Report of the Indian Hemp Drugs Commission, 1894-1895 - Volume VII
Year: 1894
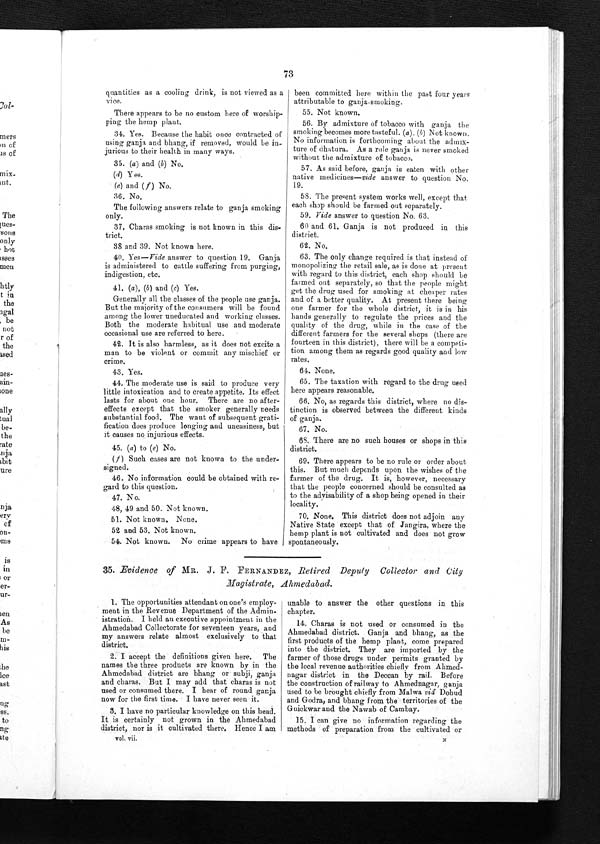
73
quantities as a cooling drink, is not viewed as a
vice.
There appears to be no custom here of worship
-
ping the hemp plant.
34. Yes. Because the habit once contracted of
using ganja and bhang, if removed, would be in
-
jurious to their health in many ways.
3 5 . ( a )
a n d
( b )
N o .
(
d
) Y e s .
(e) and ( f ) No
3 6 . N o .
The following answers relate to ganja smoking
only.
37. Charas smoking is not known in this dis
-
trict.
38 and 39. Not known here.
40. Yes—Vide answer to question 19. Ganja
is administered to cattle suffering from purging,
indigestion, etc.
4 1 . ( a ) , (
b ) a n d
( c )
Y e s .
Generally all the classes of the people use ganja.
But the majority of the consumers will be found
among the lower uneducated and working classes.
Both the moderate habitual use and moderate
occasional use are referred to here.
42. It is also harmless, as it does not excite a
man to be violent or commit any mischief or
crime.
4 3 . Y e s .
44. The moderate use is said to produce very
little intoxication and to create appetite. Its effect
lasts for about one hour. There are no after
-
effects except that the smoker generally needs
substantial food. The want of subsequent grati
-
fication does produce longing and uneasiness, but
it causes no injurious effects.
4 5 . ( a )
t o
( e )
N o .
(f) Such cases are not known to the under
- s i g n e d .
46. No information could be obtained with re
-
gard to this question.
4 7 . N o .
48, 49 and 50. Not known.
51. Not known. None.
52 and 53. Not known.
54. Not known. No crime appears to have
been committed here within the past four years
attributable to ganja-smoking.
55. Not known.
56. By admixture of tobacco with ganja the
smoking becomes more tasteful. (a), (b) Not known.
No information is forthcoming about the admix
-
ture of dhatura. As a rule ganja is never smoked
without the admixture of tobacco.
57. As said before, ganja is eaten with other
native medicines—vide answer to question No.
19.
58. The present system works well, except that,
each shop should be farmed out separately.
59. Vide answer to question No. 63.
60 and 61. Ganja is not produced in this
district.
62. No.
63. The only change required is that instead of
monopolizing the retail sale, as is done at present
with regard to this district, each shop should be
farmed out separately, so that the people might
get the drug used for smoking at cheaper rates
and of a better quality. At present there being
one farmer for the whole district, it is in his
hands generally to regulate the prices and the
quality of the drug, while in the case of the
different farmers for the several shops (there are
fourteen in this district), there will be a competi
-
tion among them as regards good quality and low
rates.
64. None.
65. The taxation with regard to the drug used
here appears reasonable.
66. No, as regards this district, where no dis
-
tinction is observed between the different kinds
of ganja.
6 7 . N o .
68. There are no such houses or shops in his
district.
69. There appears to be no rule or order about
this. But much depends upon the wishes of the
farmer of the drug. It is, however, necessary
that the people concerned should be consulted
a s
to the advisability of a shop being opened in their
locality.
70. None. This district does not adjoin any
Native State except that of. Jangira, where the
hemp plant is not cultivated and does not grow
spontaneously.
35. Evidence of MR. J. F. FERNANDEZ, R etired Deputy Collector and City
Magistrate, Ahmedabad.
1. The opportunities attendant on one's employ
-
ment in the Revenue Department of the Admin
-
istration. I held au executive appointment in the
Ahmedabad Collectorate for seventeen years, and
my answers relate almost exclusively to that
district.
2. I accept the definitions given here. The
names the three products are known by in the
Ahmedabad district are bhang or subji, ganja
and charas. But I may add that charas is not
used or consumed there. I hear of round ganja
now for the first time. I have never seen it.
3. I have no particular knowledge on this head.
It is certainly not grown in the Ahmedabad
district, nor is it cultivated there. Hence I am
unable to answer the other questions in this
chapter.
14. Charas is not used or consumed in the
Ahmedabad district. Ganja and bhang, as the
first products of the hemp plant, come prepared
into the district. They are imported by the
farmer of those drugs under permits granted by
the local revenue authorities chiefly from Ahmed
-
nagar district in the Deccan by rail. Before
the construction of railway to Ahmednagar, ganja
used to be brought chiefly from Mal wa vid Dohud
and Godra, and bhang from the territories of the
Guickwar and the Nawab of Cambay.
15. I can give no information regarding the
methods of preparation from the cultivated or